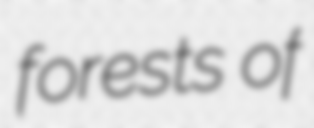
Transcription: forests of